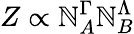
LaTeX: Z\propto\mathbb{N}_{A}^{\Gamma}\mathbb{N}_{B}^{\Lambda}